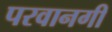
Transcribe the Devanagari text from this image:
परवानगी